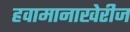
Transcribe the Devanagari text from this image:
हवामानाखेरीज